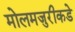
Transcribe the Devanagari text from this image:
मोलमजुरीकडे